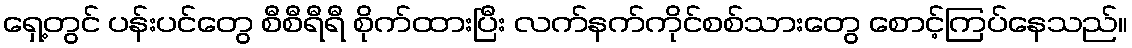
ရှေ့တွင် ပန်းပင်တွေ စီစီရီရီ စိုက်ထားပြီး လက်နက်ကိုင်စစ်သားတွေ စောင့်ကြပ်နေသည်။